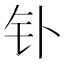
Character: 钋